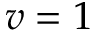
v = 1